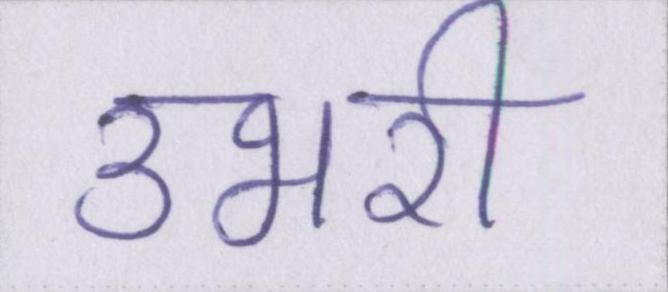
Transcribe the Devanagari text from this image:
उभरी